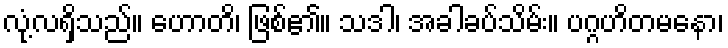
လုံ့လရှိသည်။ ဟောတိ၊ ဖြစ်၏။ သဒါ၊ အခါခပ်သိမ်း။ ပဂ္ဂဟိတမနော၊